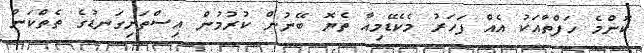
ކޮންމެ ހަފްތާއަކު އެއް ފަހަރު މެކެޑޭމިއާ ތެޔޮ ބޭނުން ކުުރުމުން އިސްތަށިގަނޑުގެ ތެތްކަން